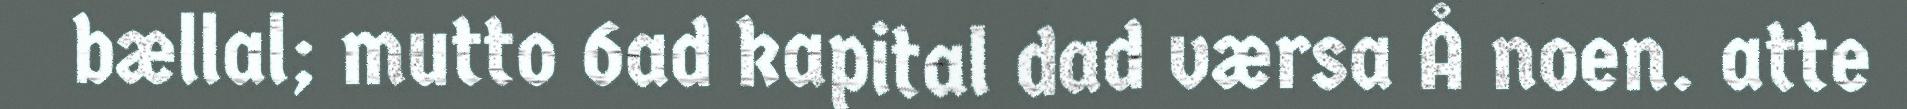
bællal; mutto 6ad kapital dad værsa Å noen. atte